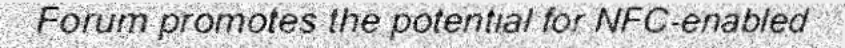
Forum promotes the potential for NFC-enabled